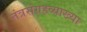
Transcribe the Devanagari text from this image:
तंत्रसंग्रहव्याख्या